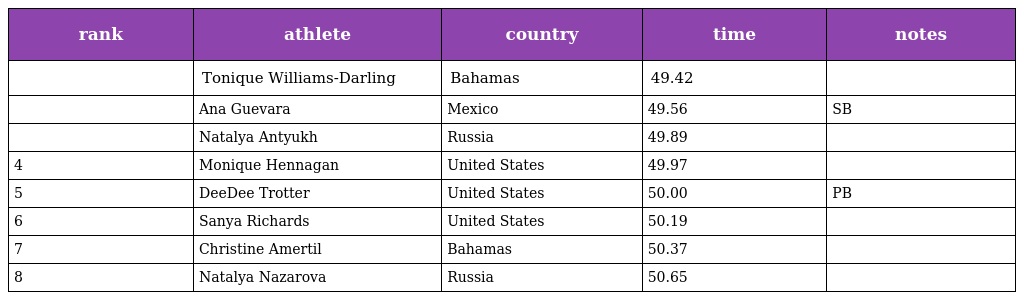
| rank | athlete | country | time | notes |
 | --- | --- | --- | --- | --- |
 |  | Tonique Williams-Darling | Bahamas | 49.42 |  |
 |  | Ana Guevara | Mexico | 49.56 | SB |
 |  | Natalya Antyukh | Russia | 49.89 |  |
 | 4 | Monique Hennagan | United States | 49.97 |  |
 | 5 | DeeDee Trotter | United States | 50.00 | PB |
 | 6 | Sanya Richards | United States | 50.19 |  |
 | 7 | Christine Amertil | Bahamas | 50.37 |  |
 | 8 | Natalya Nazarova | Russia | 50.65 |  |